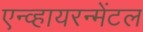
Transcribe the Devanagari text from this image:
एन्व्हायरन्मेंटल